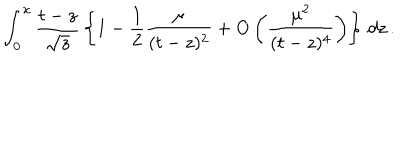
\int _ { 0 } ^ { x } { \frac { t - z } { \sqrt { z } } } \left\lbrace 1 - { \frac { 1 } { 2 } } { \frac { \mu } { ( t - z ) ^ { 2 } } } + \mathrm { O } \left( { \frac { \mu ^ { 2 } } { ( t - z ) ^ { 4 } } } \right) \right\rbrace \, d z \, .